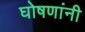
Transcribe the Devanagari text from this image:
घोषणांनी